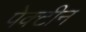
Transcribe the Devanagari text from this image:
पेक्टीन